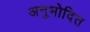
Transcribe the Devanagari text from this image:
अनुभोदित